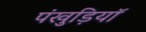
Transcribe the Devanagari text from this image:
पंखुड़ियॉ